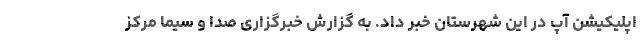
اپلیکیشن آپ در این شهرستان خبر داد. به گزارش خبرگزاری صدا و سیما مرکز